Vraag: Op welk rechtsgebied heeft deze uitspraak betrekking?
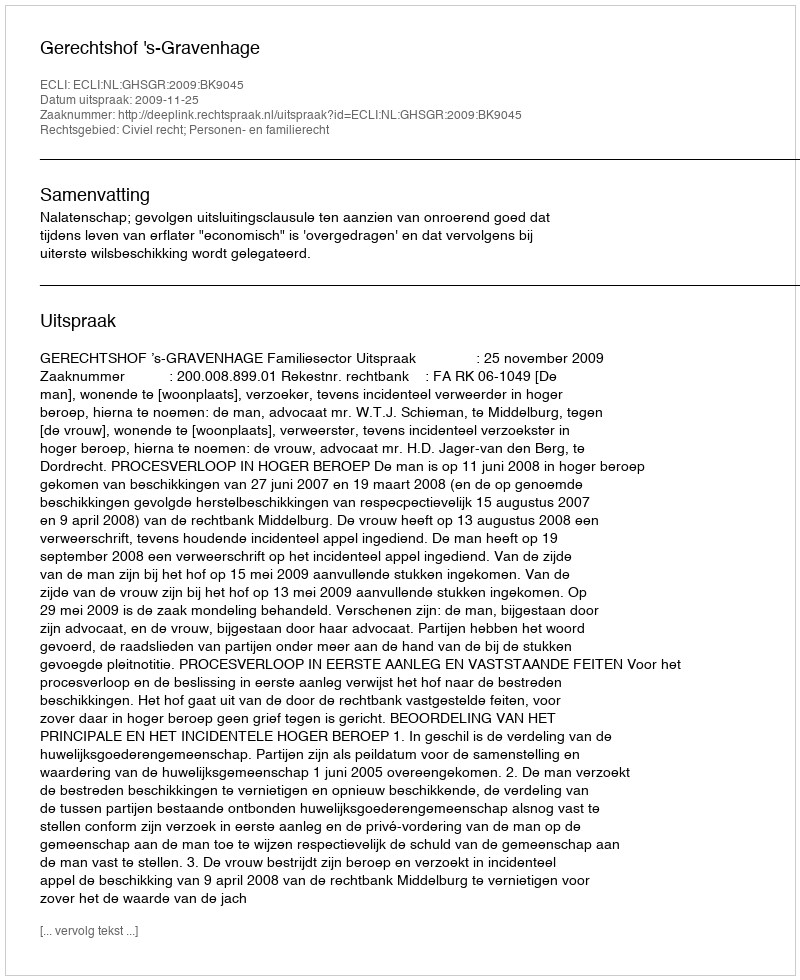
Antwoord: Civiel recht; Personen- en familierecht